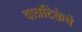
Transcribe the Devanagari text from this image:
वात्रटिकेचे